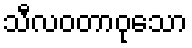
သီလဝတာဝုသော